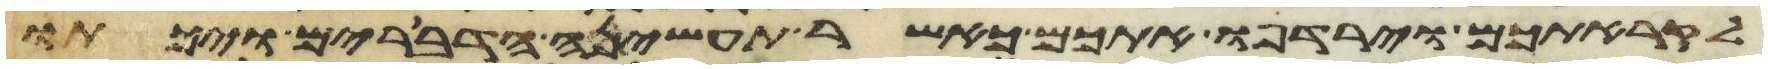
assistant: לקראתכם וירדפו אתכם כאשר תעשינה הדברים ויכתו